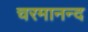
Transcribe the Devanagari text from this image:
चरमानन्द